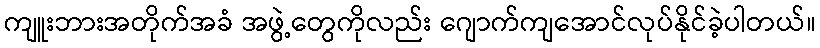
ကျူးဘားအတိုက်အခံ အဖွဲ့တွေကိုလည်း ဂျောက်ကျအောင်လုပ်နိုင်ခဲ့ပါတယ်။